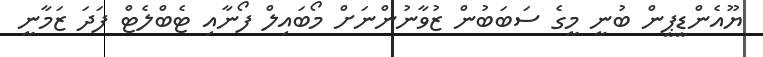
ޔޫއެންޑީޕީން ބުނީ މީގެ ސަބަބުން ޒުވާނުންނަށް މޯބައިލް ފޯނާއި ޓެބްލެޓް ފަދަ ޒަމާނީ